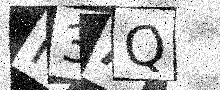
Text: N3AQ